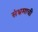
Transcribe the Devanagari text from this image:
संभ्रमाची